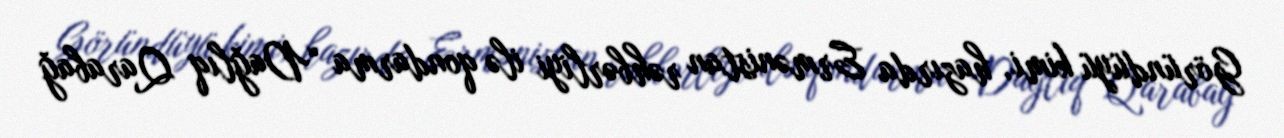
Göründüyü kimi, hazırda Ermənistan rəhbərliyi ilə qondarma “Dağlıq Qarabağ